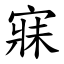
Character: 寐